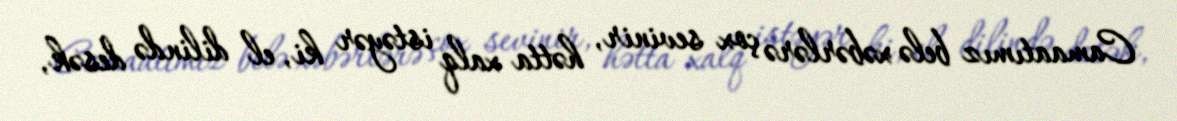
Camaatımız belə xəbərlərə çox sevinir, hətta xalq istəyər ki, el dilində desək,